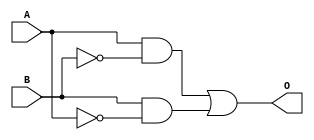
module XOR_gate (
    input A,
    input B,
    output O
);

wire not_B;
assign not_B = ~B;

assign O = (A & not_B) | (B & ~A);

endmodule